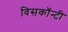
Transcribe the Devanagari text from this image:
विसकॉन्टी